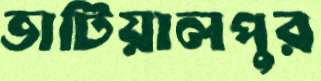
ভাটিয়ালপুর